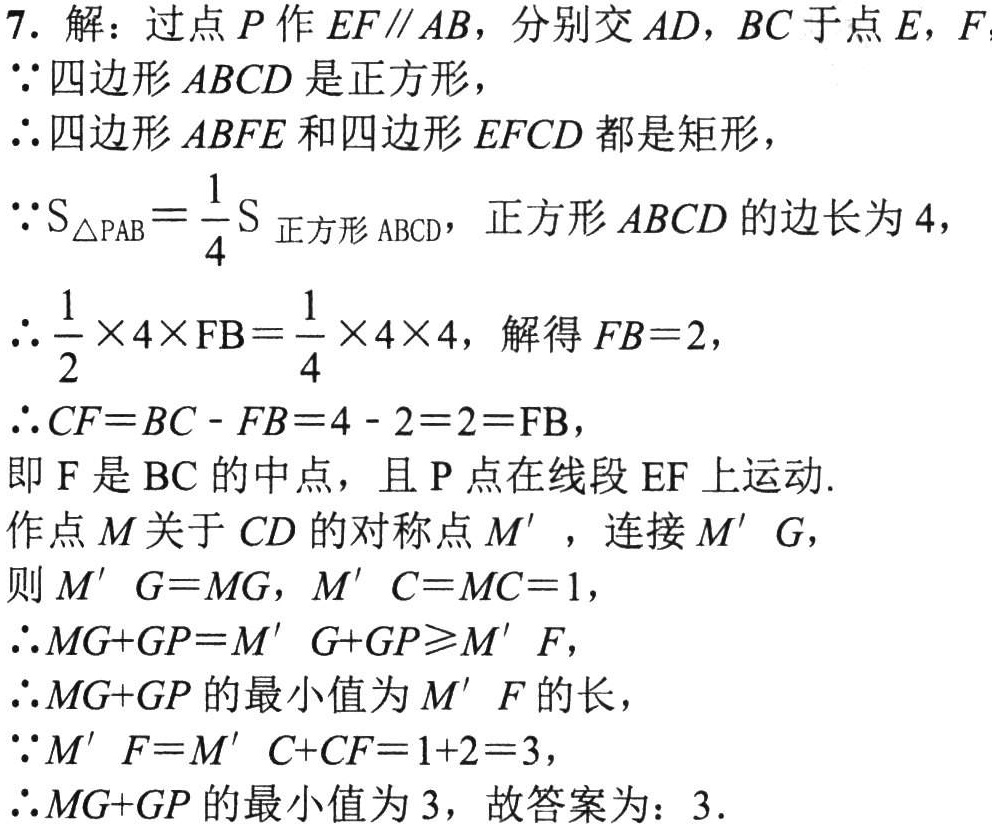
7. 解：过点\(P\)作\(EF\parallel AB\)，分别交\(AD\)，\(BC\)于点\(E\)，\(F\)。

\(\because\)四边形\(ABCD\)是正方形，

\(\therefore\)四边形\(ABFE\)和四边形\(EFCD\)都是矩形，

\(\because S_{\triangle PAB}=\frac{1}{4}S_{正方形 ABCD}\)，正方形\(ABCD\)的边长为\(4\)，

\(\therefore \frac{1}{2}\times 4\times FB=\frac{1}{4}\times 4\times 4\)，解得\(FB = 2\)，

\(\therefore CF=BC - FB=4 - 2 = 2=FB\)，

即\(F\)是\(BC\)的中点，且\(P\)点在线段\(EF\)上运动.

作点\(M\)关于\(CD\)的对称点\(M'\)，连接\(M'G\)，

则\(M'G = MG\)，\(M'C = MC = 1\)，

\(\therefore MG + GP = M'G + GP\geqslant M'F\)，

\(\therefore MG + GP\)的最小值为\(M'F\)的长，

\(\because M'F = M'C + CF = 1 + 2 = 3\)，

\(\therefore MG + GP\)的最小值为\(3\)，故答案为：\(3\)。